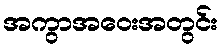
အကွာအဝေးအတွင်း